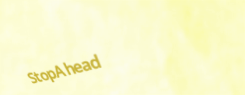
StopAhead